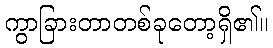
ကွာခြားတာတစ်ခုတော့ရှိ၏။